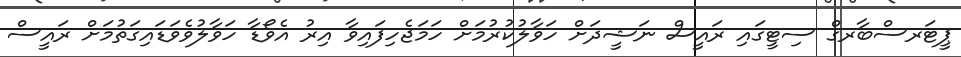
ޕީޓަރސްބާރގް ސިޓީގައި ރައީސް ނަޝީދަށް ހަވާލުކުރުމަށް ހަމަޖެހިފައިވާ އިރު އެވޯޑާ ހަވާލުވެވަޑައިގަތުމަށް ރައީސް